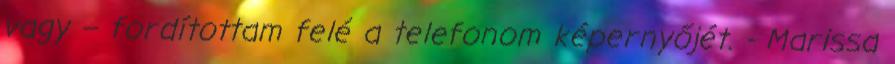
vagy – fordítottam felé a telefonom képernyőjét. - Marissa